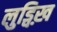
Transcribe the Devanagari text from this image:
लुड्विख़